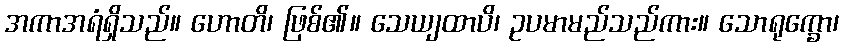
အကာအရံရှိသည်။ ဟောတိ၊ ဖြစ်၏။ သေယျထာပိ၊ ဥပမာမည်သည်ကား။ သောရုက္ခော၊